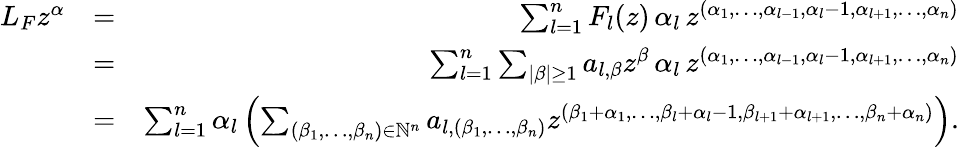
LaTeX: \begin{array}{rlr}{L_{F}z^{\alpha}}&{=}&{\sum_{l=1}^{n}F_{l}(z)\, \alpha_{l}\, z^{(\alpha_{1},\dots,\alpha_{l-1},\alpha_{l}-1,\alpha_{l+1},\dots,\alpha_{n})}}\\ &{=}&{\sum_{l=1}^{n}\sum_{\vert\beta\vert\geq 1}a_{l,\beta}z^{\beta}\, \alpha_{l}\, z^{(\alpha_{1},\dots,\alpha_{l-1},\alpha_{l}-1,\alpha_{l+1},\dots,\alpha_{n})}}\\ &{=}&{\sum_{l=1}^{n}\alpha_{l}\left(\sum_{\left(\beta_{1},\dots,\beta_{n}\right)\in\mathbb{N}^{n}}a_{l,\left(\beta_{1},\dots,\beta_{n}\right)}z^{(\beta_{1}+\alpha_{1},\dots,\beta_{l}+\alpha_{l}-1,\beta_{l+1}+\alpha_{l+1},\dots,\beta_{n}+\alpha_{n})}\right).}\end{array}